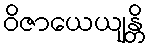
ဝိဇာယေယျန္တိ